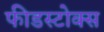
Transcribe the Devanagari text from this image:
फीडस्टोक्स